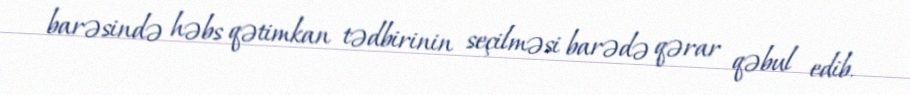
barəsində həbs qətimkan tədbirinin seçilməsi barədə qərar qəbul edib.